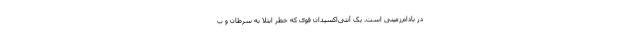
در بادام‌زمینی است. یک آنتی‌اکسیدان قوی که خطر ابتلا به سرطان و ب